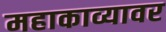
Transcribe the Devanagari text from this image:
महाकाव्यावर